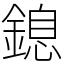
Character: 鎴